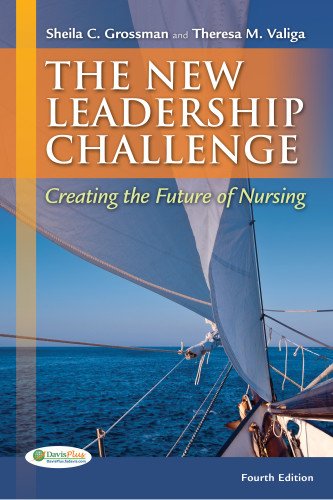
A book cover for The New leadership Challenge: Creating the Future of Nursing (DavisPlus); Sheila C. Grossman APRN  PhD; Medical Books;